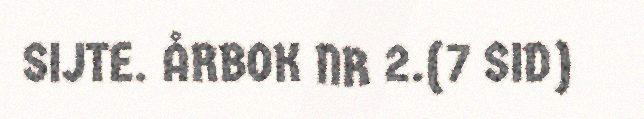
SIJTE. ÅRBOK NR 2.(7 SID)